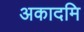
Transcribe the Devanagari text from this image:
अकादमि